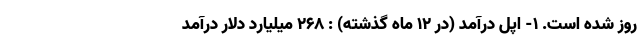
روز شده است. ۱- اپل درآمد (در ۱۲ ماه گذشته) : ۲۶۸ میلیارد دلار درآمد